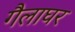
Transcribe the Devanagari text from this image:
गैलाघर